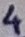
Text: 4